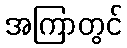
အကြာတွင်